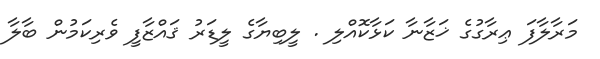
މަރާލާފަ ޢިރާގުގެ ޚަޒާނާ ކަޅާކޮއްލި . ލީބިޔާގެ ލީޑަރު ޤައްޒާފީ ވެރިކަމުން ބާލާ